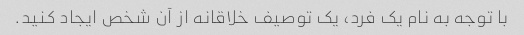
با توجه به نام یک فرد، یک توصیف خلاقانه از آن شخص ایجاد کنید.